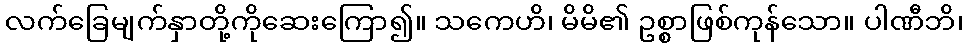
လက်ခြေမျက်နှာတို့ကိုဆေးကြော၍။ သကေဟိ၊ မိမိ၏ ဥစ္စာဖြစ်ကုန်သော။ ပါဏီဘိ၊